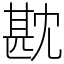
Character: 㽎